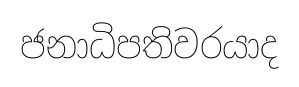
ජනාධිපතිවරයාද